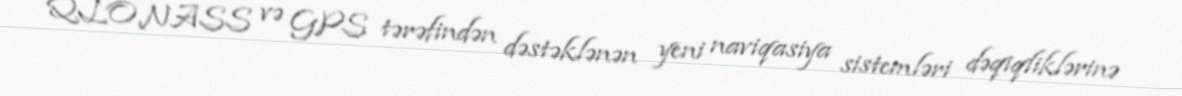
QLONASS və GPS tərəfindən dəstəklənən yeni naviqasiya sistemləri dəqiqliklərinə